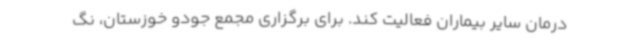
درمان سایر بیماران فعالیت کند. برای برگزاری مجمع جودو خوزستان، نگ